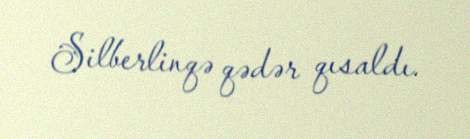
Silberlinqə qədər qısaldı.